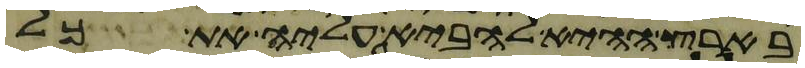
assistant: בארץ ההיא להביא עליה את כל